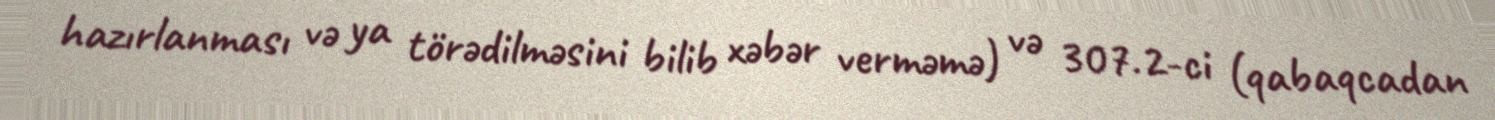
hazırlanması və ya törədilməsini bilib xəbər verməmə) və 307.2-ci (qabaqcadan